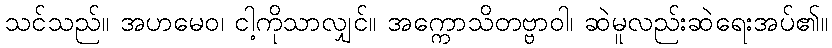
သင်သည်။ အဟမေဝ၊ ငါ့ကိုသာလျှင်။ အက္ကောသိတဗ္ဗာဝါ၊ ဆဲမူလည်းဆဲရေးအပ်၏။